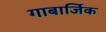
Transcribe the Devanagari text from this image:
गाबार्जिक